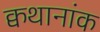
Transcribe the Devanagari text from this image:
क्वथानांक